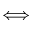
\Longleftrightarrow